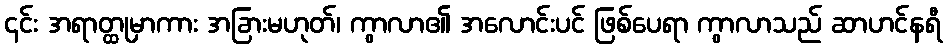
၎င်း အရာတ္ထုမှာကား အခြားမဟုတ်၊ ကွာလာ၏ အလောင်းပင် ဖြစ်ပေရာ ကွာလာသည် ဆာဟင်နရီ